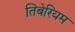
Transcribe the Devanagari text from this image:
तिबेरियम